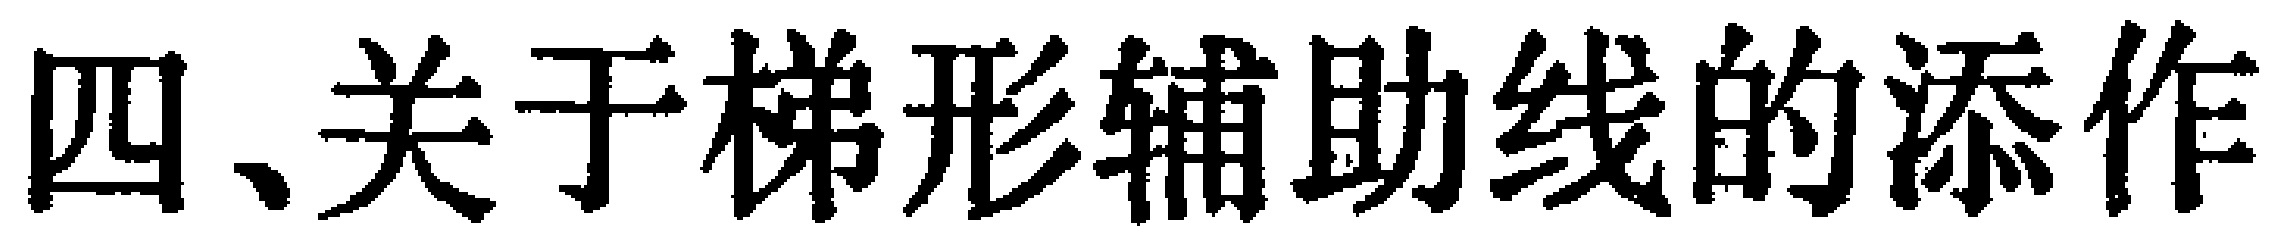
四、关于梯形辅助线的添作